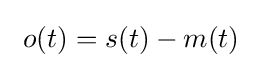
\ o(t)=s(t)-m(t)